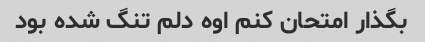
بگذار امتحان کنم اوه دلم تنگ شده بود